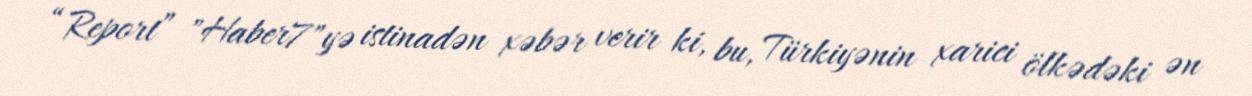
“Report” "Haber7"yə istinadən xəbər verir ki, bu, Türkiyənin xarici ölkədəki ən